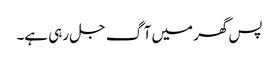
پس گھر میں آگ جل رہی ہے۔